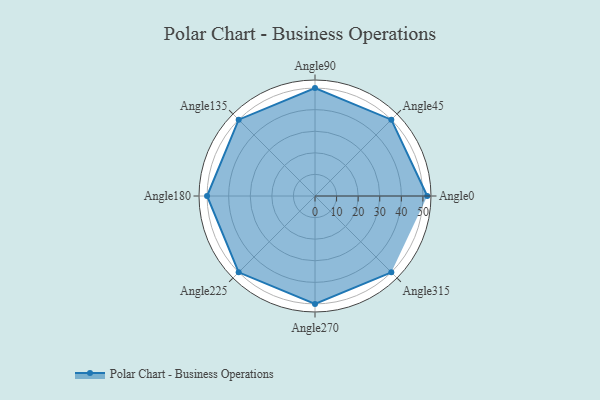
{"axis": {"x": "Angle", "y": "Radius"}, "legend": [""], "data": [{"x": "Angle0", "y": 52.0, "type": ""}, {"x": "Angle45", "y": 50, "type": ""}, {"x": "Angle90", "y": 50, "type": ""}, {"x": "Angle135", "y": 50, "type": ""}, {"x": "Angle180", "y": 50, "type": ""}, {"x": "Angle225", "y": 50, "type": ""}, {"x": "Angle270", "y": 50, "type": ""}, {"x": "Angle315", "y": 50, "type": ""}]}